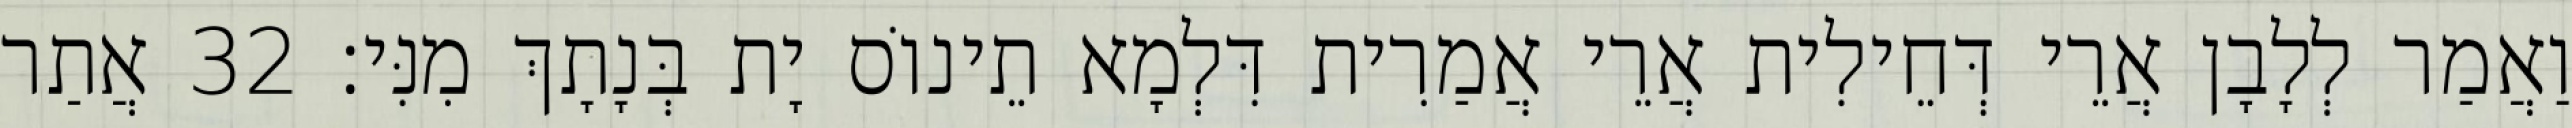
וַאֲמַר לְלָבָן אֲרֵי דְּחֵילִית אֲרֵי אֲמַרִית דִּלְמָא תֵינוֹס יָת בְּנָתָךְ מִנִּי׃ 32 אֲתַר